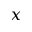
x